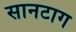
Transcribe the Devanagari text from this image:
सानटाग